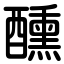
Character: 醺